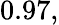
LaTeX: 0.97,